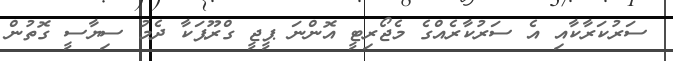
ސަރުކަރާކާއި އެ ސަރުކާރެއްގެ މެޖޯރިޓީ އޮންނަ ޕީޖީ ގްރޫޕަކާ ދެމު ސިޔާސީ ގޮތުން